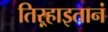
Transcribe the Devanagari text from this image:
तिऱ्हाइतानं